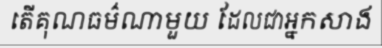
តើគុណធម៌ណាមួយ ដែលជាអ្នកសាង